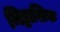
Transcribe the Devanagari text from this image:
मिड्राशिक